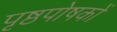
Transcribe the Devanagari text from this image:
पृष्ठपोषकों